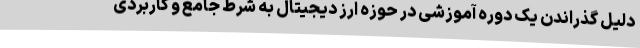
دلیل گذراندن یک دوره آموزشی در حوزه ارز دیجیتال به شرط جامع و کاربردی